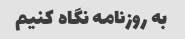
به روزنامه نگاه کنیم